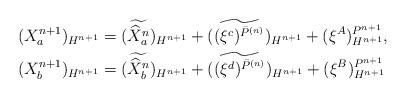
LaTeX: \begin{align*}&(X_{a}^{n+1})_{H^{n+1}} =(\widetilde{\widehat{X}^{n}_{a}})_{H^{n+1}} +(\widetilde{(\xi^{c})^{\bar{P}^{(n)}}})_{H^{n+1}}+(\xi^{A})^{P^{n+1}}_{H^{n+1}},\\&(X_{b}^{n+1})_{H^{n+1}} =(\widetilde{\widehat{X}^{n}_{b}})_{H^{n+1}} +(\widetilde{(\xi^{d})^{\bar{P}^{(n)}}})_{H^{n+1}} +(\xi^{B})^{P^{n+1}}_{H^{n+1}}\end{align*}